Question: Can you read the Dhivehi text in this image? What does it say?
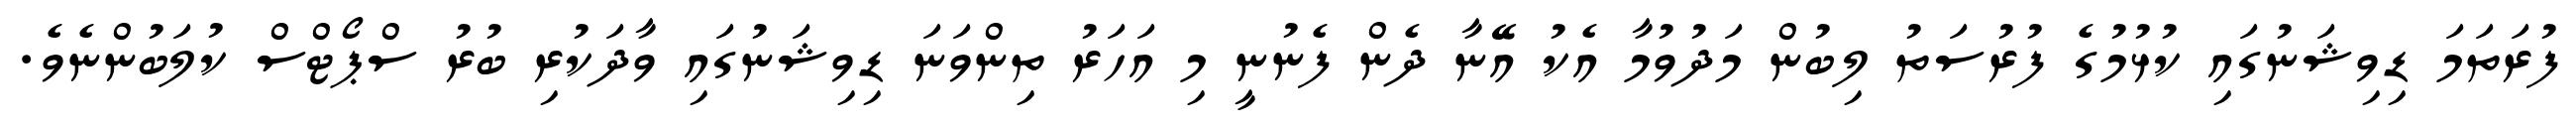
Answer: ފުރަތަމަ ޑިވިޝަނުގައި ކުޅުމުގެ ފުރުސަތު ލިބުން މަދުވުމާ އެކު އޭނާ ދެން ފެނުނީ މި އަހަރު ތިންވަނަ ޑިވިޝަނުގައި ވާދަކުރި ބުރު ސްޕޯޓްސް ކުލަބުންނެވެ.